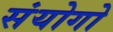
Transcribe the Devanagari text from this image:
संयोगो